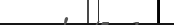
١٢